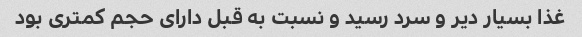
غذا بسیار دیر و سرد رسید و نسبت به قبل دارای حجم کمتری بود